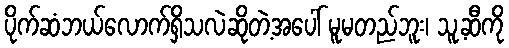
ပိုက်ဆံဘယ်လောက်ရှိသလဲဆိုတဲ့အပေါ် မူမတည်ဘူး၊ သူ့ဆီကို